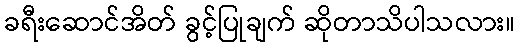
ခရီးဆောင်အိတ် ခွင့်ပြုချက် ဆိုတာသိပါသလား။